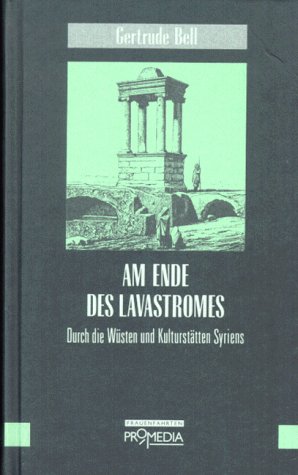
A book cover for Am Ende des Lavastromes: Durch die Wusten und Kulturstatten Syriens (Edition Frauenfahrten) (German Edition); Gertrude Lowthian Bell; Travel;